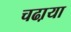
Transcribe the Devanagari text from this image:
चढा़या